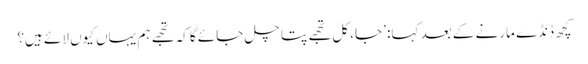
کچھ ڈنڈے مارنے کے بعد کہا: ’جا، کل تجھے پتا چل جائے گا کہ تجھے ہم یہاں کیوں لائے ہیں؟